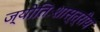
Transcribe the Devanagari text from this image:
ज्योतिःशास्त्रीय